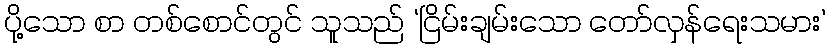
ပို့သော စာ တစ်စောင်တွင် သူသည် ‘ငြိမ်းချမ်းသော တော်လှန်ရေးသမား’